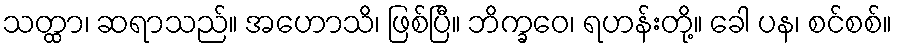
သတ္ထာ၊ ဆရာသည်။ အဟောသိ၊ ဖြစ်ပြီ။ ဘိက္ခဝေ၊ ရဟန်းတို့။ ခေါ ပန၊ စင်စစ်။